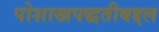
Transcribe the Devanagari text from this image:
पोशाखपद्धतीबद्दल